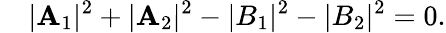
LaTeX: \quad|\mathbf{A}_{1}|^{2}+|\mathbf{A}_{2}|^{2}-|B_{1}|^{2}-|B_{2}|^{2}=0.